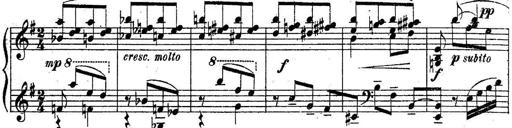
Title: Sonatine
Composer: Adrian Shaposhnikov
Key: E minor